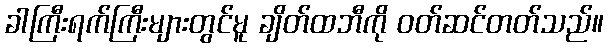
ခါကြီးရက်ကြီးများတွင်မူ ချိတ်ထဘီကို ဝတ်ဆင်တတ်သည်။